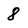
Character: 8